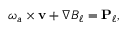
{ \boldsymbol { \omega } } _ { a } \times { \bf v } + \nabla B _ { \ell } = { \bf P } _ { \ell } ,